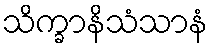
သိက္ခာနိသံသာနံ